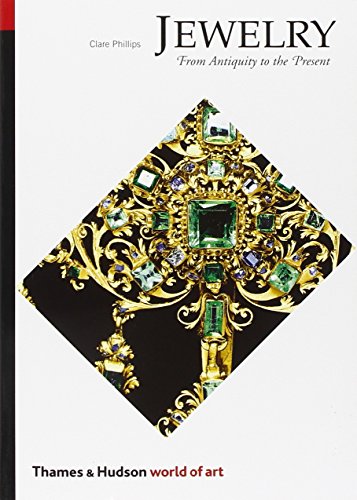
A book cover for Jewelry: From Antiquity to the Present (World of Art); Clare Phillips; Crafts, Hobbies & Home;